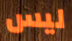
ليس